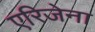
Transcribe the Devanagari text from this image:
एरिजेना